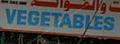
vegetables